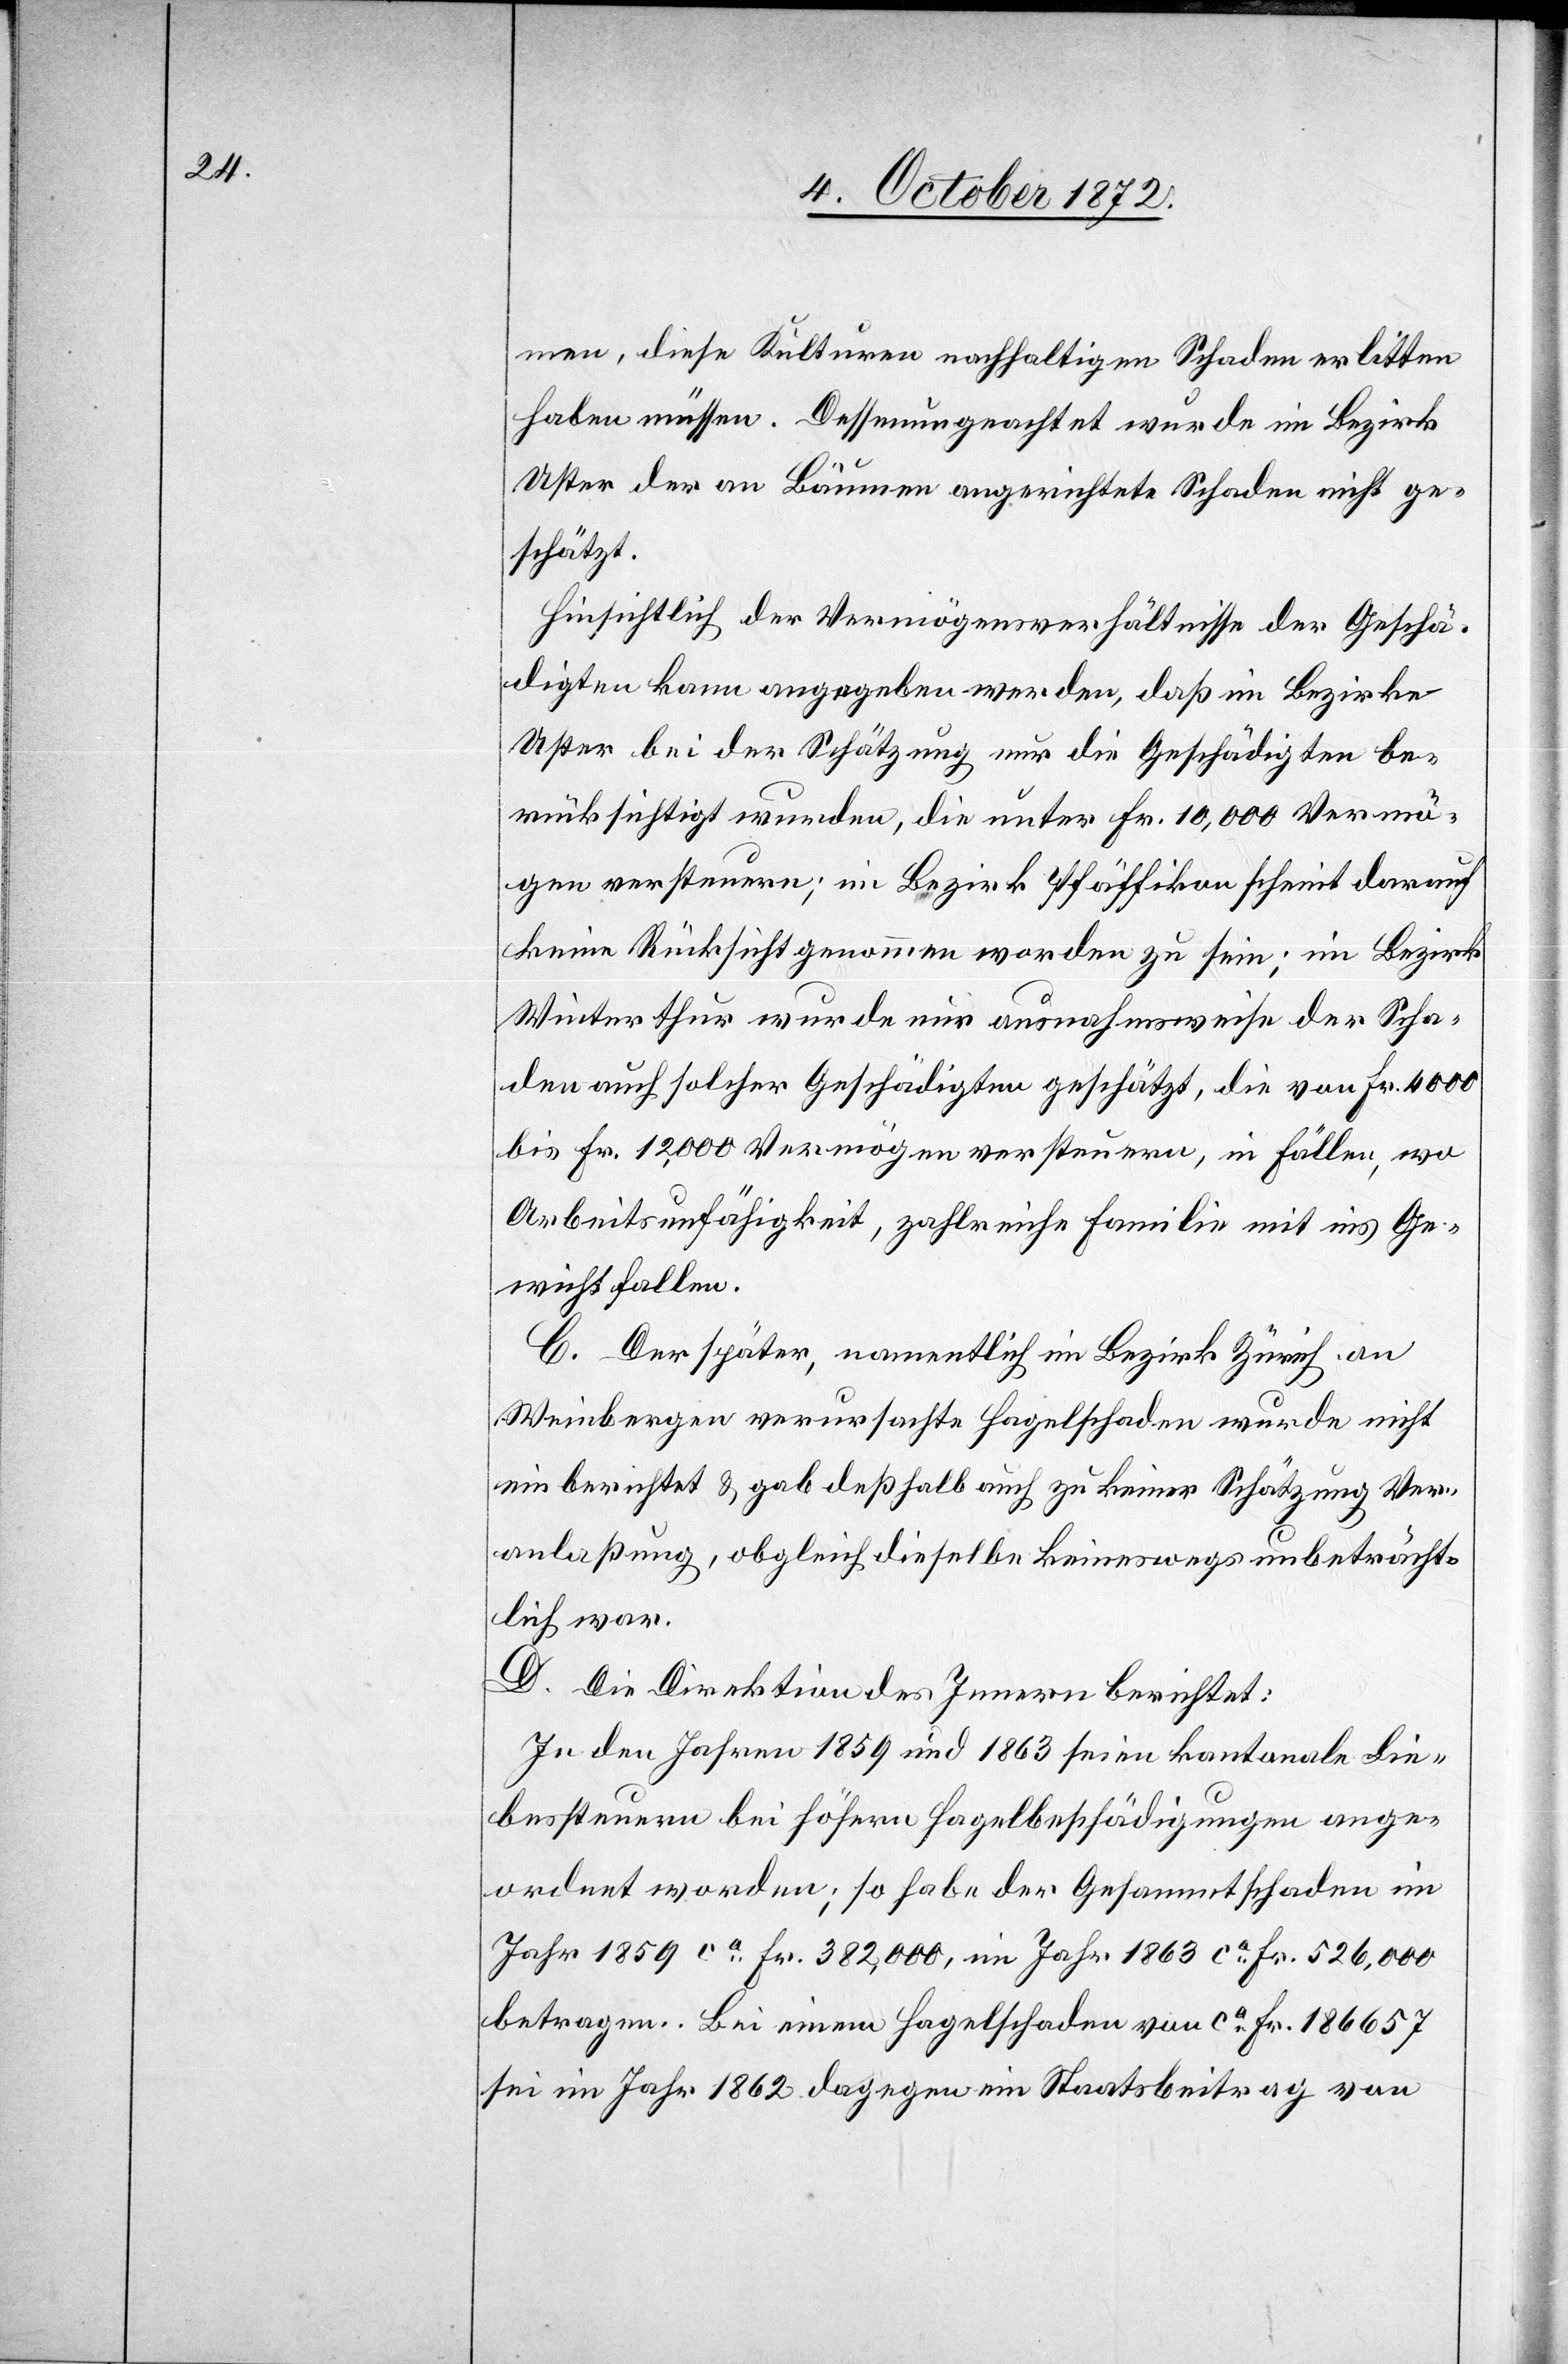
men, diese Kulturen nachhaltigen Schaden erlitten
haben müssen. Dessenungeachtet wurde im Bezirke
Uster der an Bäumen angerichtete Schaden nicht ge¬
schätzt.
Hinsichtlich der Vermögensverhältnisse der Geschä¬
digten kann angegeben werden, daß im Bezirke
Uster bei der Schätzung nur die Geschädigten be¬
rücksichtigt wurden, die unter Fr. 10,000 Vermö¬
gen versteuern; im Bezirk Pfäffikon scheint darauf
keine Rücksicht genommen worden zu sein; im Bezirk
Winterthur wurde nur ausnahmsweise der Scha¬
den auch solcher Geschädigten geschätzt, die von Fr. 4000
bis Fr. 12,000 Vermögen versteuern, in Fällen, wo
Arbeitsunfähigkeit, zahlreiche Familie mit ins Ge¬
wicht fallen.
C. Der später, namentlich im Bezirk Zürich an
Weinbergen verursachte Hagelschaden wurde nicht
einberichtet u. gab deßhalb auch zu keiner Schätzung Ver¬
anlaßung, obgleich dieselbe keineswegs unbeträcht¬
lich war.
D. Die Direktion des Innern berichtet:
In den Jahren 1859 und 1863 seien kantonale Lie¬
bessteuern bei höhern Hagelbeschädigungen ange¬
ordnet worden; so habe der Gesammtschaden im
Jahr 1859 ca Fr. 382,000, im Jahr 1863 ca 526,000
betragen. Bei einem Hagelschaden von ca Fr. 186 657
sei im Jahr 1862 dagegen ein Staatsbeitrag von